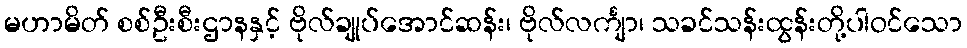
မဟာမိတ် စစ်ဦးစီးဌာနနှင့် ဗိုလ်ချုပ်အောင်ဆန်း၊ ဗိုလ်လင်္ကျာ၊ သခင်သန်းထွန်းတို့ပါဝင်သော